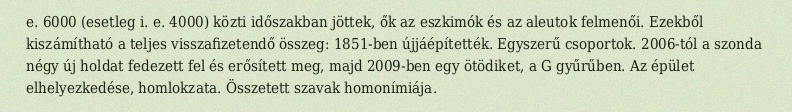
e. 6000 (esetleg i. e. 4000) közti időszakban jöttek, ők az eszkimók és az aleutok felmenői. Ezekből kiszámítható a teljes visszafizetendő összeg: 1851-ben újjáépítették. Egyszerű csoportok. 2006-tól a szonda négy új holdat fedezett fel és erősített meg, majd 2009-ben egy ötödiket, a G gyűrűben. Az épület elhelyezkedése, homlokzata. Összetett szavak homonímiája.